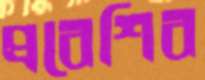
প্রবেশিব